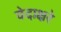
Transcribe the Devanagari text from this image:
वेदाक्षरे